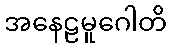
အနေဠမူဂေါတိ